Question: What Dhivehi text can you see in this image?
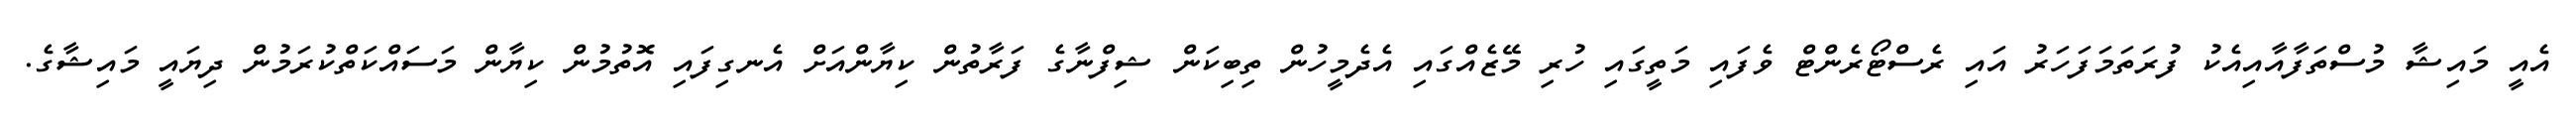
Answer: އެއީ މައިޝާ މުސްތަފާއާއިއެކު ފުރަތަމަފަހަރު އައި ރެސްޓޯރެންޓް ވެފައި މަތީގައި ހުރި މޭޒެއްގައި އެދެމީހުން ތިބިކަން ޝިފްނާގެ ފަރާތުން ކިޔާންއަށް އެނގިފައި އޮތުމުން ކިޔާން މަސައްކަތްކުރަމުން ދިޔައީ މައިޝާގެ.